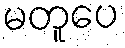
မတူပေ